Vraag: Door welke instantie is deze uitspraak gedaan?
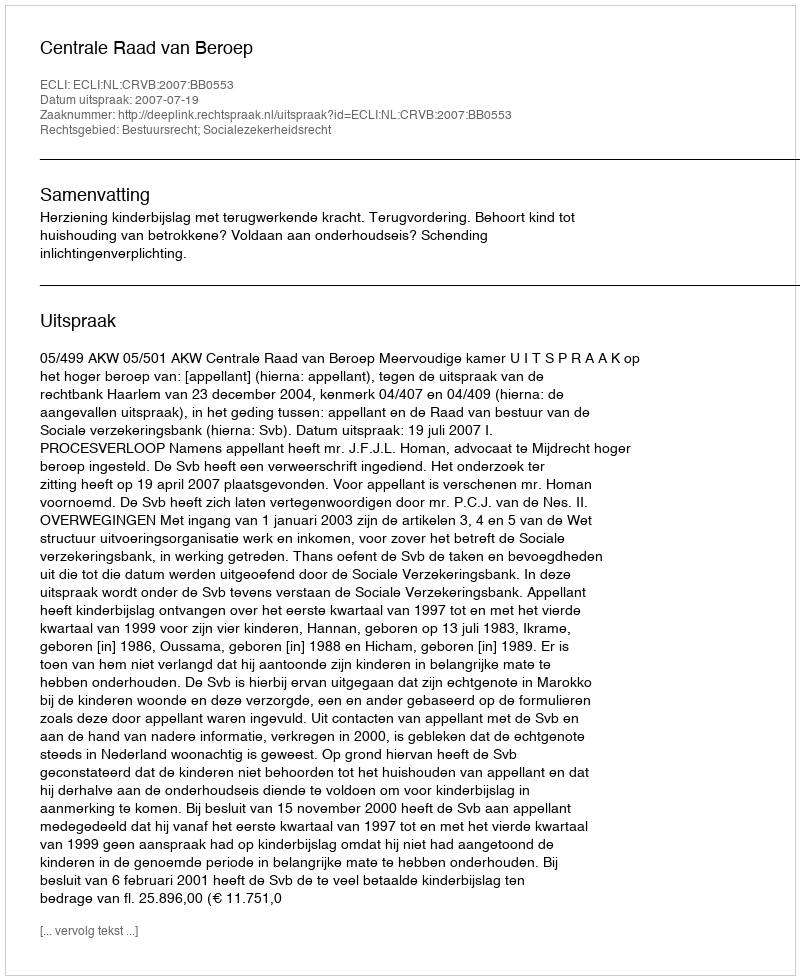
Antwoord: Centrale Raad van Beroep